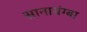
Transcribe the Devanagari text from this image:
सानायंग्बा